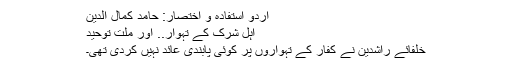
اردو استفادہ و اختصار: حامد کمال الدین
اہلِ شرک کے تہوار.. اور ملتِ توحید
خلفائے راشدین نے کفار کے تہواروں پر کوئی پابندی عائد نہیں کردی تھی۔